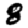
Digit: 8